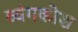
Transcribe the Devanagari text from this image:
व्यंगकोश